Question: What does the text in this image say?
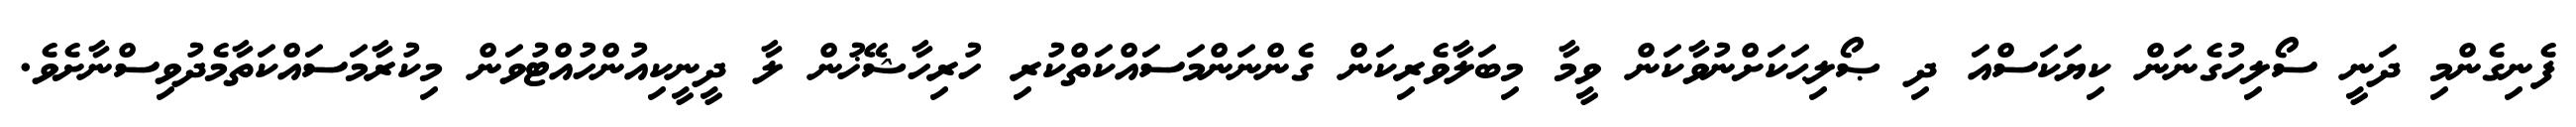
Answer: ފެނިގެންމި ދަނީ ސޯލިހުގެނަން ކިޔަކަސްއަ ދި ޞޯލިޙަކަށްނުވާކަން ވީމާ މިބަލާވެރިކަން ގެންނަންމަސައްކަތްކުރި ހުރިހާޝޭޚުން ލާ ދީނީކިއުންހުއްޓުވަން މިކުރާމަސައްކަތާމެދުވިސްނާށެވެ.